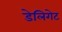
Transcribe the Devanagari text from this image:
डेलिगेट